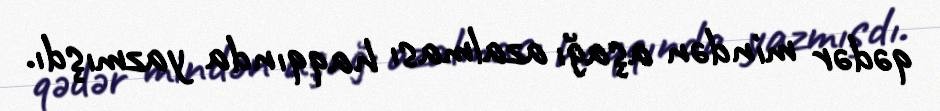
qədər mindən aşağı azalması haqqında yazmışdı.